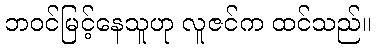
ဘဝင်မြင့်နေသူဟု လူဇင်က ထင်သည်။